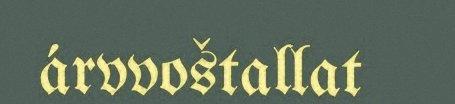
árvvoštallat